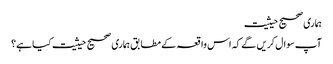
ہماری صحیح حیثیت
آپ سوال کریں گے کہ اس واقعہ کے مطابق ہماری صحیح حیثیت کیا ہے؟